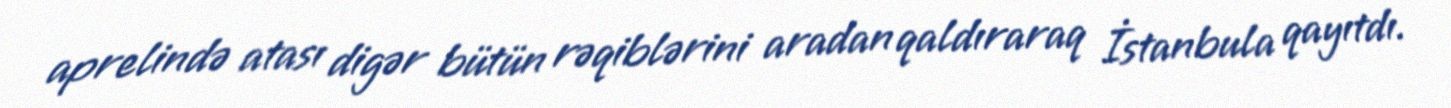
aprelində atası digər bütün rəqiblərini aradan qaldıraraq İstanbula qayıtdı.